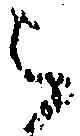
被